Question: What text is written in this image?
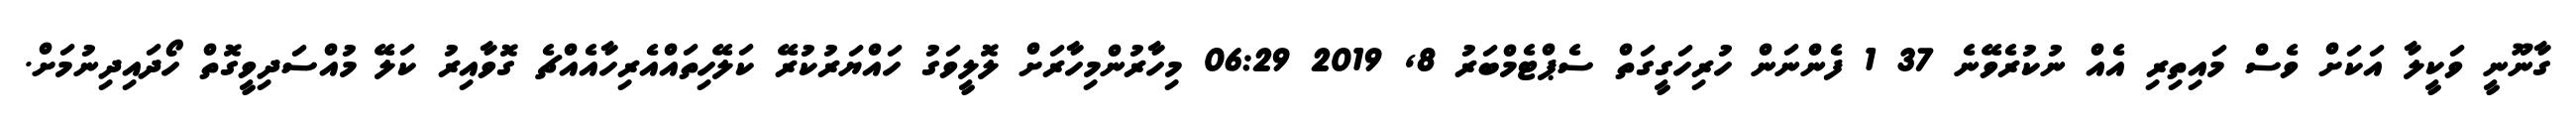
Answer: ގާނޫނީ ވަކީލާ އަކަށް ވެސް މައިތިރި އެއް ނުކުރެވޭނެ 37 1 ފެންނަން ހުރިހަގީގަތް ސެޕްޓެމްބަރު 8, 2019 06:29 މިހާރުންމިހާރަށް ލޮލީވަގު ހައްޔަރުކުރޭ ކަލޭހިތައްއެރިހާއެއްޗެ ގޮވާއިރު ކަލޭ މުއްސަދިވީގޮތް ހޯދައިދިނުމަށް.